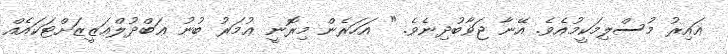
ޣައިރު މުސްލިމަކީމުއެވެ. އޭނާ ޖަވާބުދިނެވެ. " އަހަރެން މިރޮނީ ޢުމަރު ބުނު ޢަބްދުލްޢަޒީޒަށްޓަކައެއް